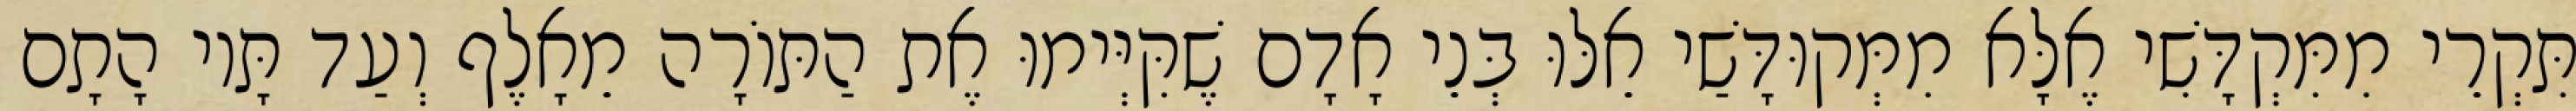
תִּקְרֵי מִמִּקְדָּשִׁי אֶלָּא מִמְּקוּדָּשַׁי אֵלּוּ בְּנֵי אָדָם שֶׁקִּיְּימוּ אֶת הַתּוֹרָה מֵאָלֶף וְעַד תָּיו הָתָם